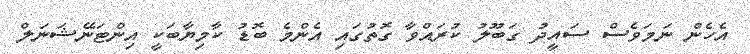
އެހެން ނަމަވެސް ސައީދު ގަބޫލު ކުރައްވާ ގޮތުގައި އެންމެ ބޮޑު ކާމިޔާބަކީ އިންޓަނޭޝަނަލް